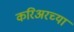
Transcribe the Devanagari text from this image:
करिअरच्या